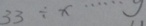
3 3 \div x \cdots y